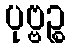
ပုဗ္ဗဉ္စ